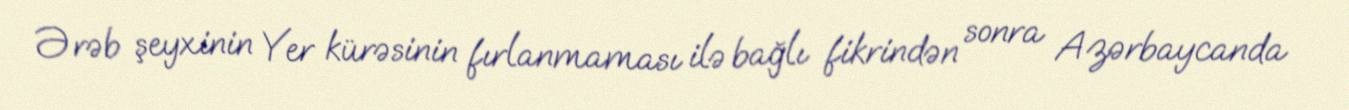
Ərəb şeyxinin Yer kürəsinin fırlanmaması ilə bağlı fikrindən sonra Azərbaycanda